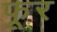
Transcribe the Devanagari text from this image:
फूर